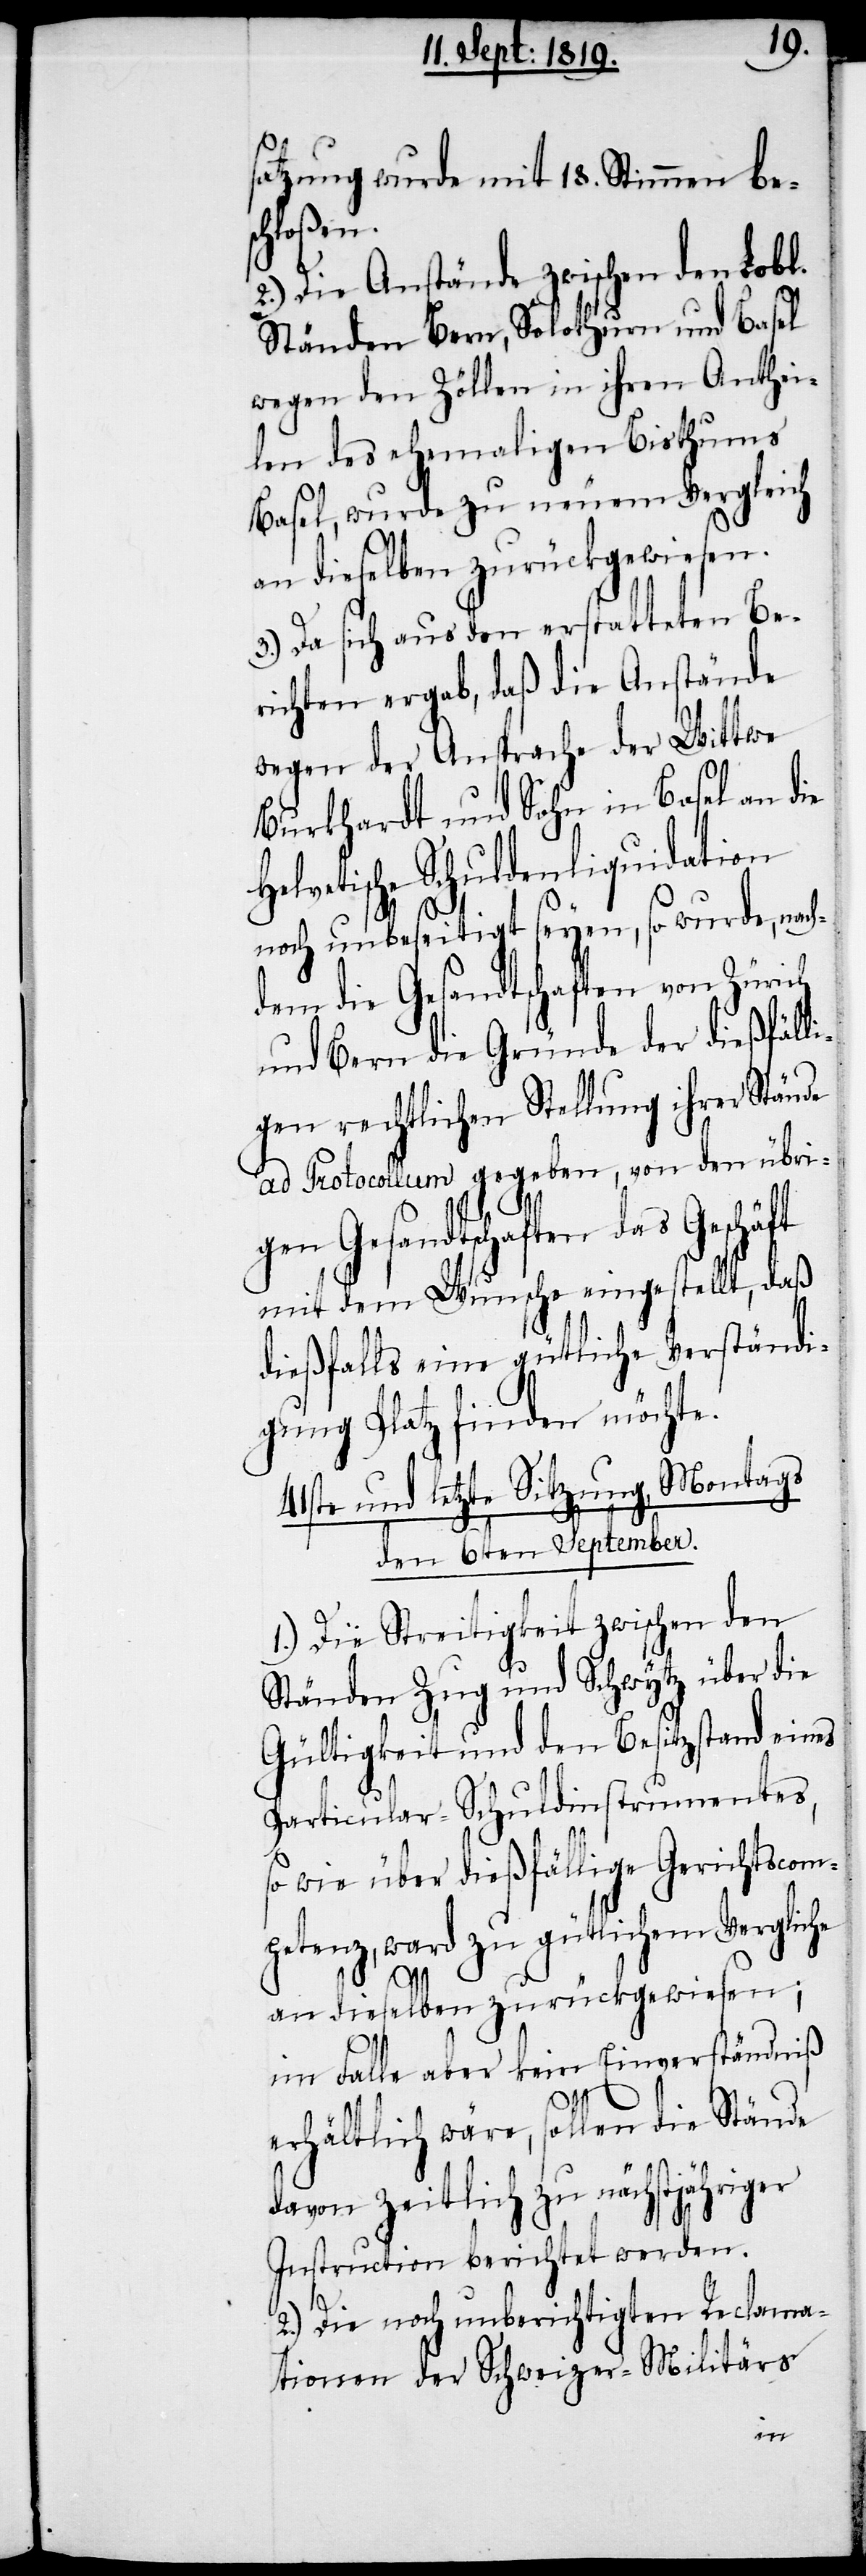
satzung wurde mit 18. Stimmen bes¬
chloßen.
2.) Die Anstände zwischen den Lobl.
Ständen Bern, Solothurn und Basel
wegen den Zöllen in ihren Anthei¬
len des ehemaligen Bisthums
Basel, wurde zu neuem Vergleich
an dieselben zurückgewiesen.
3.) Da sich aus den erstatteten Be¬
richten ergab, daß die Anstände
wegen der Ansprache der Wittwe
Burkhardt und Sohn in Basel an die
Helvetische Schuldenliquidation
noch unbeseitigt seyen, so wurde, nach¬
dem die Gesandtschaften von Zürich
und Bern die Gründe der dießfälli¬
gen rechtlichen Stellung ihrer Stände
ad Protocollum gegeben, von den übrig¬
en Gesandtschaften das
mit dem Wunsche eingestellt, daß
dießfalls eine gütliche Verständi¬
gung Platz finden möchte.
41ste und letzte Sitzung, Montags
den 6ten September.
1.) Die Steitigkeit zwischen den
Ständen Zug und Schwytz über die
Gültigkeit und den Besitzstand eines
Particular-Schuldinstrumentes,
so wie über dießfällige Gerichtscom¬
petenz, ward zu gütlichem Vergliche
an dieselben zurückgewiesen;
im Falle aber kein Einverständniß
erhältlich wäre, sollen die Stände
davon zeitlich zu nächjähriger
Instruction berichtet werden.
2.) Die noch unberichtigten Reclama¬
tionen der Schweizer-Militärs